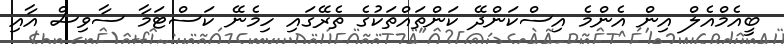
ބީއެމްއެލް އިން އެންމެ އިސްކަންދޭ ކަންތައްތަކުގެ ތެރޭގައި ހިމެނޭ ކަސްޓަމާ ސާވިސް އާއި